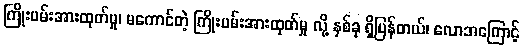
ကြိုးပမ်းအားထုတ်မှု၊ မကောင်တဲ့ ကြိုးပမ်းအားထုတ်မှု လို့ နှစ်ခု ရှိပြန်တယ်၊ လောဘကြောင့်